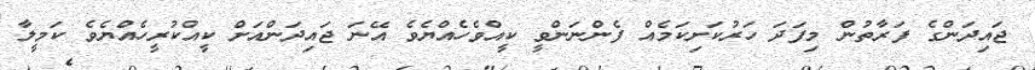
ޖައިދަންގެ ފަރާތުން މިފަދަ ހަރުކަށިކަމެއް ފެންނަންވީ ކީއްވެހެއްޔެވެ އޭނަ ޖައިދަންއަށް ކީއްކުރީހެއްޔެވެ ކަމީލާ